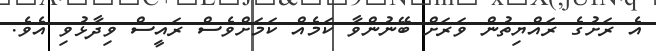
އެ ރަށުގެ ރައްޔިތުން ވަރަށް ބޭނުންވާ ކަމެއް ކަމަށްވެސް ރައީސް ވިދާޅުވި އެވެ.